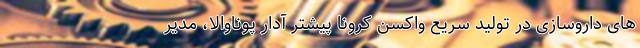
های داروسازی در تولید سریع واکسن کرونا پیشتر آدار پوناوالا، مدیر